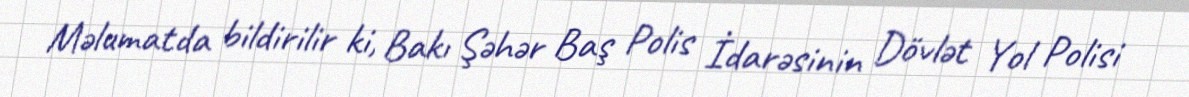
Məlumatda bildirilir ki, Bakı Şəhər Baş Polis İdarəsinin Dövlət Yol Polisi